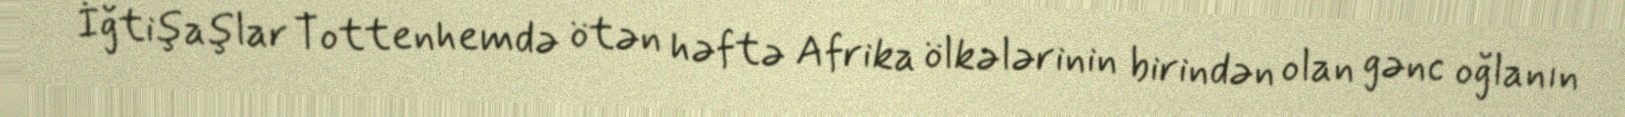
İğtişaşlar Tottenhemdə ötən həftə Afrika ölkələrinin birindən olan gənc oğlanın